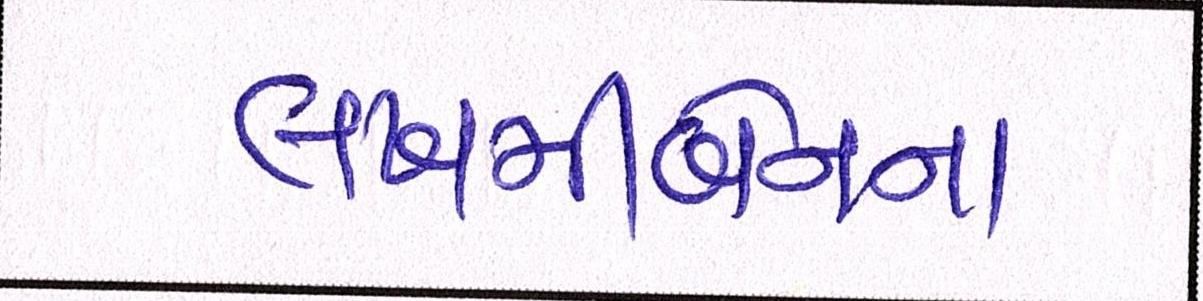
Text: લખમીબેનના